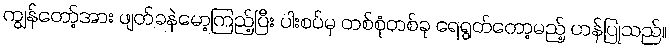
ကျွန်တော့်အား ဖျတ်ခနဲမော့ကြည့်ပြီး ပါးစပ်မှ တစ်စုံတစ်ခု ရေရွတ်တော့မည့် ဟန်ပြုသည်။